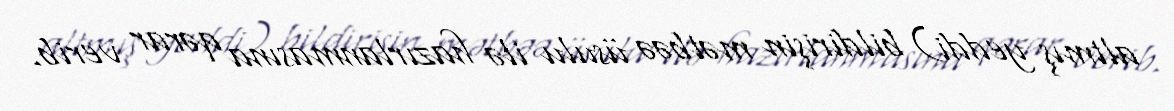
altmış yeddi) bildirişin mətbəə üsulu ilə hazırlanmasına qərar verib.